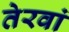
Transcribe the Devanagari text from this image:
तेरवां